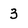
Character: 3